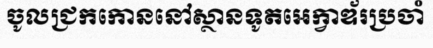
ចូលជ្រកកោននៅស្ថានទូតអេក្វាឌ័រប្រចាំ